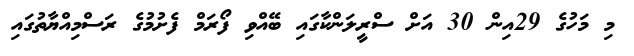
މި މަހުގެ 29އިން 30 އަށް ސްރީލަންކާގައި ބޭއްވި ފޯރަމް ފެށުމުގެ ރަސްމިއްޔާތުގައި